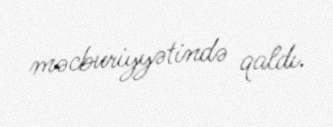
məcburiyyətində qaldı.